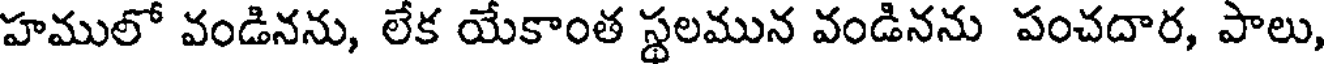
హములో వండినను, లేక యేకాంత స్థలమున వండినను పంచదార, పాలు,